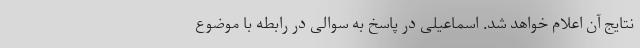
نتایج آن اعلام خواهد شد. اسماعیلی در پاسخ به سوالی در رابطه با موضوع